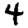
Digit: 4